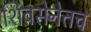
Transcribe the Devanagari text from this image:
शिवसेनेतच